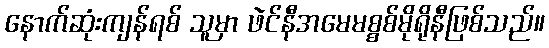
နောက်ဆုံးကျန်ရစ် သူမှာ ဖဲင်နီအမေမစ္စစ်မိုရိုနီဖြစ်သည်။